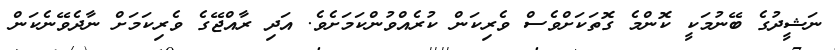
ނަޝީދުގެ ބޭނުމަކީ ކޮންމެ ގޮތަކަށްވެސް ވެރިކަން ކުރެއްވުންކަމަށެވެ. އަދި ރާއްޖޭގެ ވެރިކަމަށް ނާދެވޭނެކަން